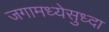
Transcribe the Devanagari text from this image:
जगामध्येसुध्दा